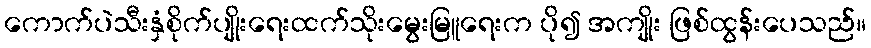
ကောက်ပဲသီးနှံစိုက်ပျိုးရေးထက်သိုးမွေးမြူရေးက ပို၍ အကျိုး ဖြစ်ထွန်းပေသည်။